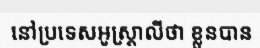
នៅប្រទេសអូស្ត្រាលីថា ខ្លួនបាន